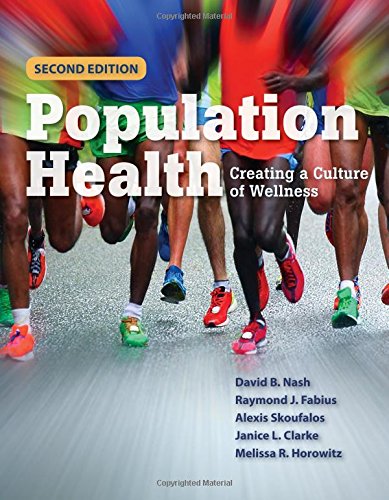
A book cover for Population Health: Creating a Culture of Wellness; David B. Nash; Medical Books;